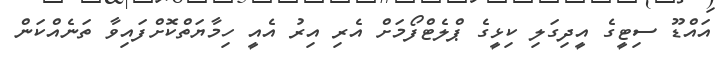
އައްޑޫ ސިޓީގެ އީދިގަލި ކިޅީގެ ޕްލެޓްފޯމަށް އެރި އިރު އެއީ ހިމާޔަތްކޮށްފައިވާ ތަނެއްކަން